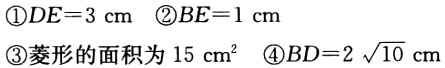
\textcircled{1}$DE = 3\mathrm{cm}$ \textcircled{2}$BE = 1\mathrm{cm}$
\textcircled{3}菱形的面积为$15\mathrm{cm}^2$ \textcircled{4}$BD = 2\sqrt{10}\mathrm{cm}$